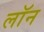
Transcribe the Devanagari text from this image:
लाॅन